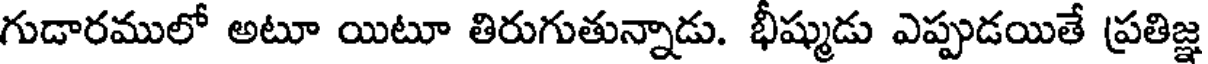
గుడారములో అటూ యిటూ తిరుగుతున్నాడు. భీష్ముడు ఎప్పుడయితే ప్రతిజ్ఞ